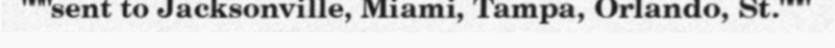
"""sent to Jacksonville, Miami, Tampa, Orlando, St."""